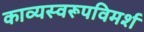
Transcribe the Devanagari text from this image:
काव्यस्वरूपविमर्श